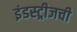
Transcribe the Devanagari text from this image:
इंडस्ट्रीजची